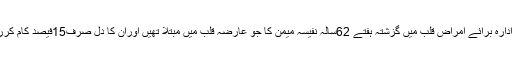
قومی ادارہ برائے امراض قلب میں گزشتہ ہفتے 62سالہ نفیسہ میمن کا جو عارضہ قلب میں مبتلا تھیں اوران کا دل صرف15فیصد کام کررہا تھا۔